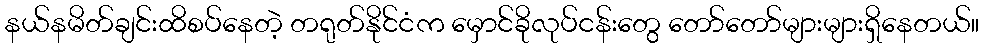
နယ်နမိတ်ချင်းထိစပ်နေတဲ့ တရုတ်နိုင်ငံက မှောင်ခိုလုပ်ငန်းတွေ တော်တော်များများရှိနေတယ်။